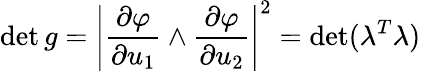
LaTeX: \operatorname*{det}g=\left|{\frac{\partial\varphi}{\partial u_{1}}}\wedge{\frac{\partial\varphi}{\partial u_{2}}}\right|^{2}=\operatorname*{det}(\lambda^{T}\lambda)